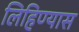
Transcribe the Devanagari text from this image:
लिहिण्‍यास